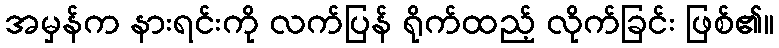
အမှန်က နားရင်းကို လက်ပြန် ရိုက်ထည့် လိုက်ခြင်း ဖြစ်၏။